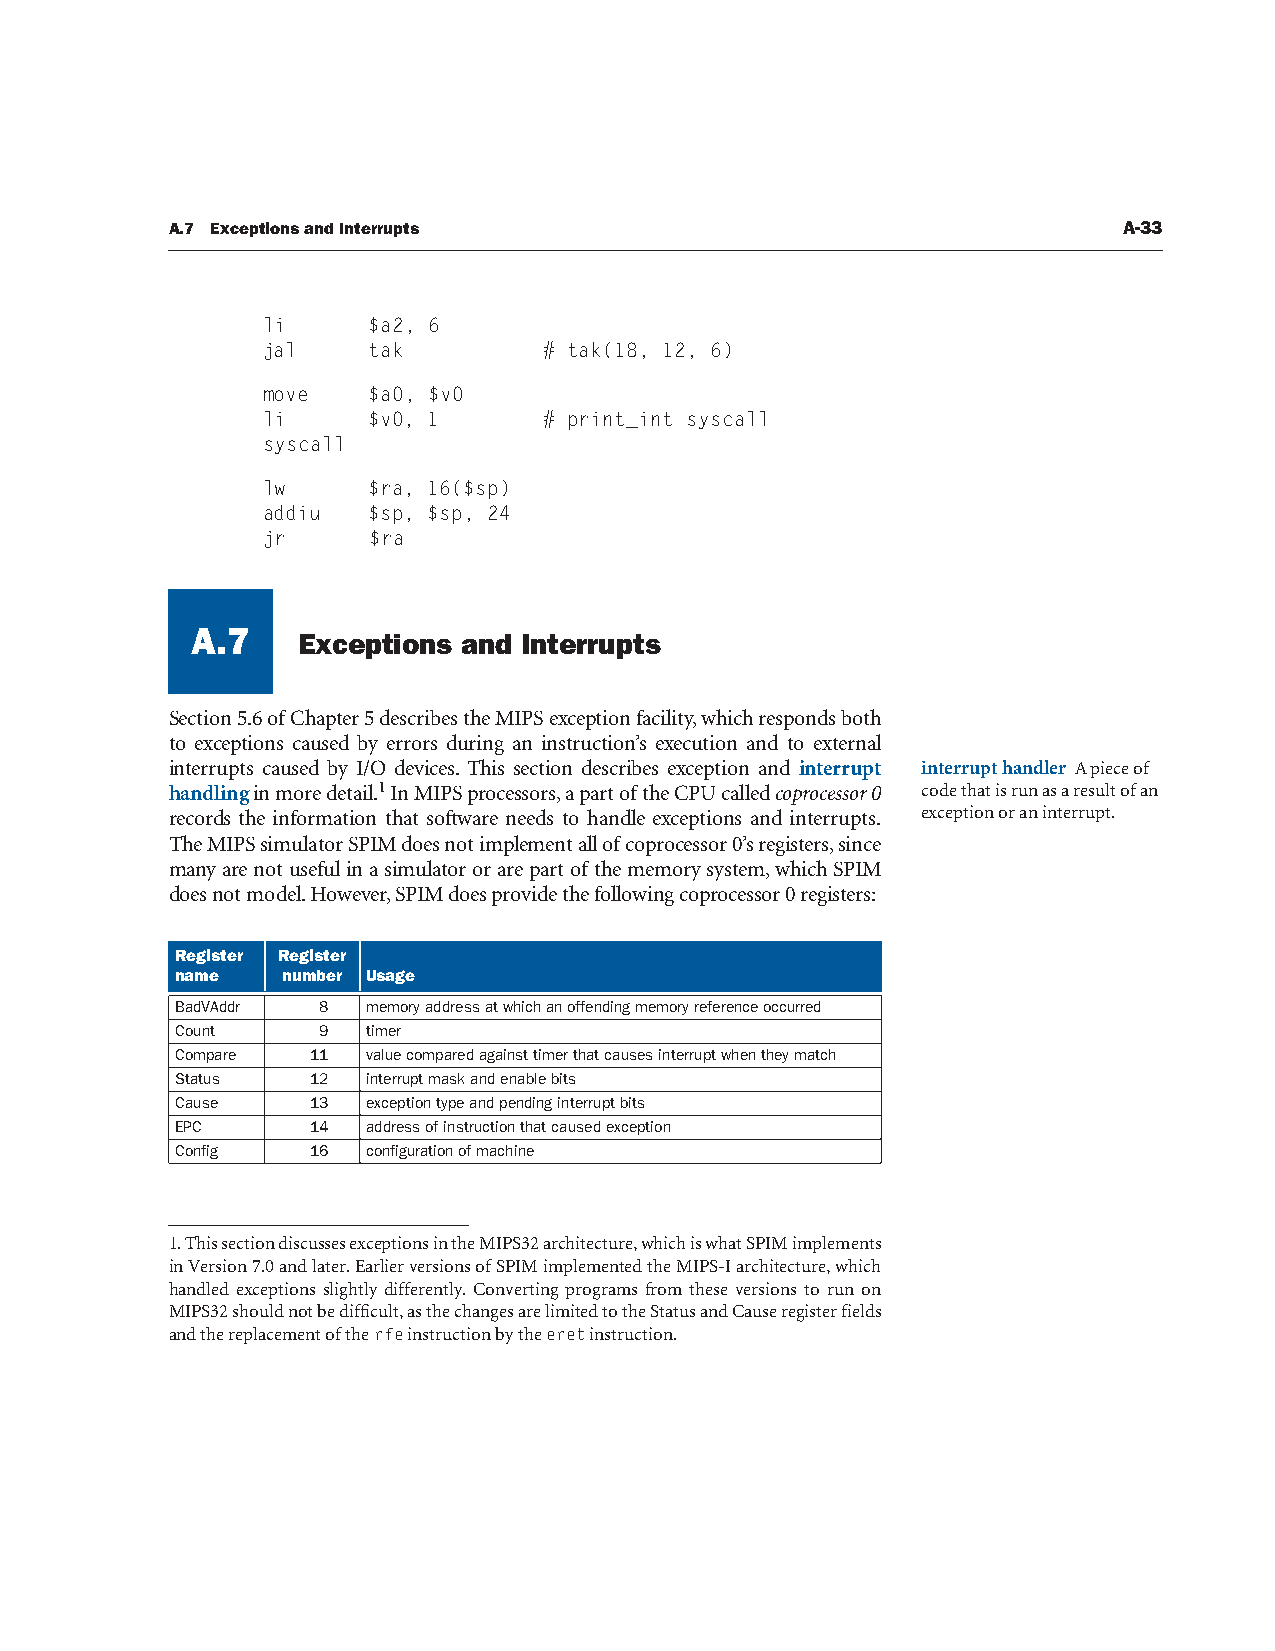
A.7 Exceptions and Interrupts                                  A-33
 li     $a2, 6
 jal    tak         # tak(18, 12, 6)
 move   $a0, $v0
 li     $v0, 1      # print_int syscall
 syscall
 lw     $ra, 16($sp)
 addiu  $sp, $sp, 24
 jr     $ra
 A.7
 Exceptions and Interrupts
 A.7
 Section 5.6 of Chapter 5 describes the MIPS exception facility, which responds both
 to exceptions caused by errors during an instruction’s execution and to external
 interrupts caused by I/O devices. This section describes exception and interrupt interrupt handler A piece of
 handling in more detail.1 In MIPS processors, a part of the CPU called coprocessor 0 code that is run as a result of an
 records the information that software needs to handle exceptions and interrupts. exception or an interrupt.
 The MIPS simulator SPIM does not implement all of coprocessor 0’s registers, since
 many are not useful in a simulator or are part of the memory system, which SPIM
 does not model. However, SPIM does provide the following coprocessor 0 registers:
 Register Register
 name   number Usage
 BadVAddr 8  memory address at which an offending memory reference occurred
 Count    9  timer
 Compare  11 value compared against timer that causes interrupt when they match
 Status   12 interrupt mask and enable bits
 Cause    13 exception type and pending interrupt bits
 EPC      14 address of instruction that caused exception
 Config   16 configuration of machine
 1. This section discusses exceptions in the MIPS32 architecture, which is what SPIM implements
 in Version 7.0 and later. Earlier versions of SPIM implemented the MIPS-I architecture, which
 handled exceptions slightly differently. Converting programs from these versions to run on
 MIPS32 should not be difficult, as the changes are limited to the Status and Cause register fields
 and the replacement of the rfe instruction by the eret instruction.